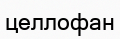
целлофан